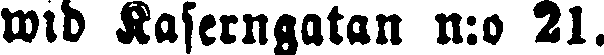
wid Kaserngatan n:o 21.